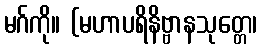
မဂ်ကို။ (မဟာပရိနိဗ္ဗာနသုတ္တေ၊